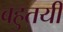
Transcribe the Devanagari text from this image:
बहुतयी